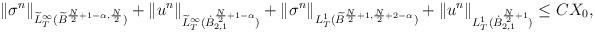
LaTeX: \begin{align*}\begin{aligned} \Vert \sigma^n\Vert_{\widetilde{L}^\infty_T(\widetilde{B}^{\frac{N}{2}+1-\alpha,\frac{N}{2}})}+\Vert u^n\Vert_{\widetilde{L}^\infty_T(\dot{B}^{\frac{N}{2}+1-\alpha}_{2,1})} +\Vert \sigma^n\Vert_{L^1_T(\widetilde{B}^{\frac{N}{2}+1,\frac{N}{2}+2-\alpha})} + \Vert u^n\Vert_{L^{1}_{T}(\dot{B}^{\frac{N}{2}+1}_{2,1})}\le C X_0,\end{aligned}\end{align*}